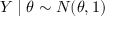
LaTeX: Y \mid \theta \sim N ( \theta , 1 )